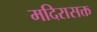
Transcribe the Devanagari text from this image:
मदिरासक्त